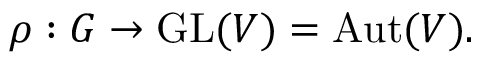
\rho : G \to { \mathrm { G L } } ( V ) = { \mathrm { A u t } } ( V ) .